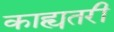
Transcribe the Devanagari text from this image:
काह्यतरी